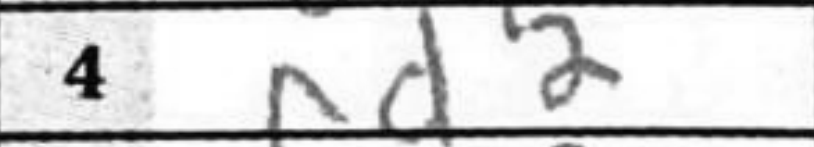
Transcription: d2